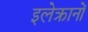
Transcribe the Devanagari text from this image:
इलेक्त्रानों